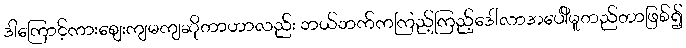
ဒါကြောင့်ကားဈေးကျမကျဆိုတာဟာလည်း ဘယ်ဘက်ကကြည့်ကြည့်ဒေါ်လာအပေါိမူတည်တာဖြစ်၍